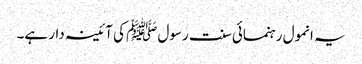
یہ انمول رہنمائی سنت رسول ﷺ کی آئینہ دار ہے۔